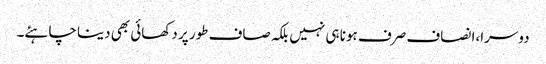
دوسرا،ا نصاف صرف ہونا ہی نہیں بلکہ صاف طور پر دکھائی بھی دینا چاہئے۔